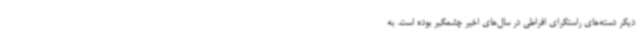
دیگر دسته‌های راستگرای افراطی در سال‌های اخیر چشمگیر بوده است. به